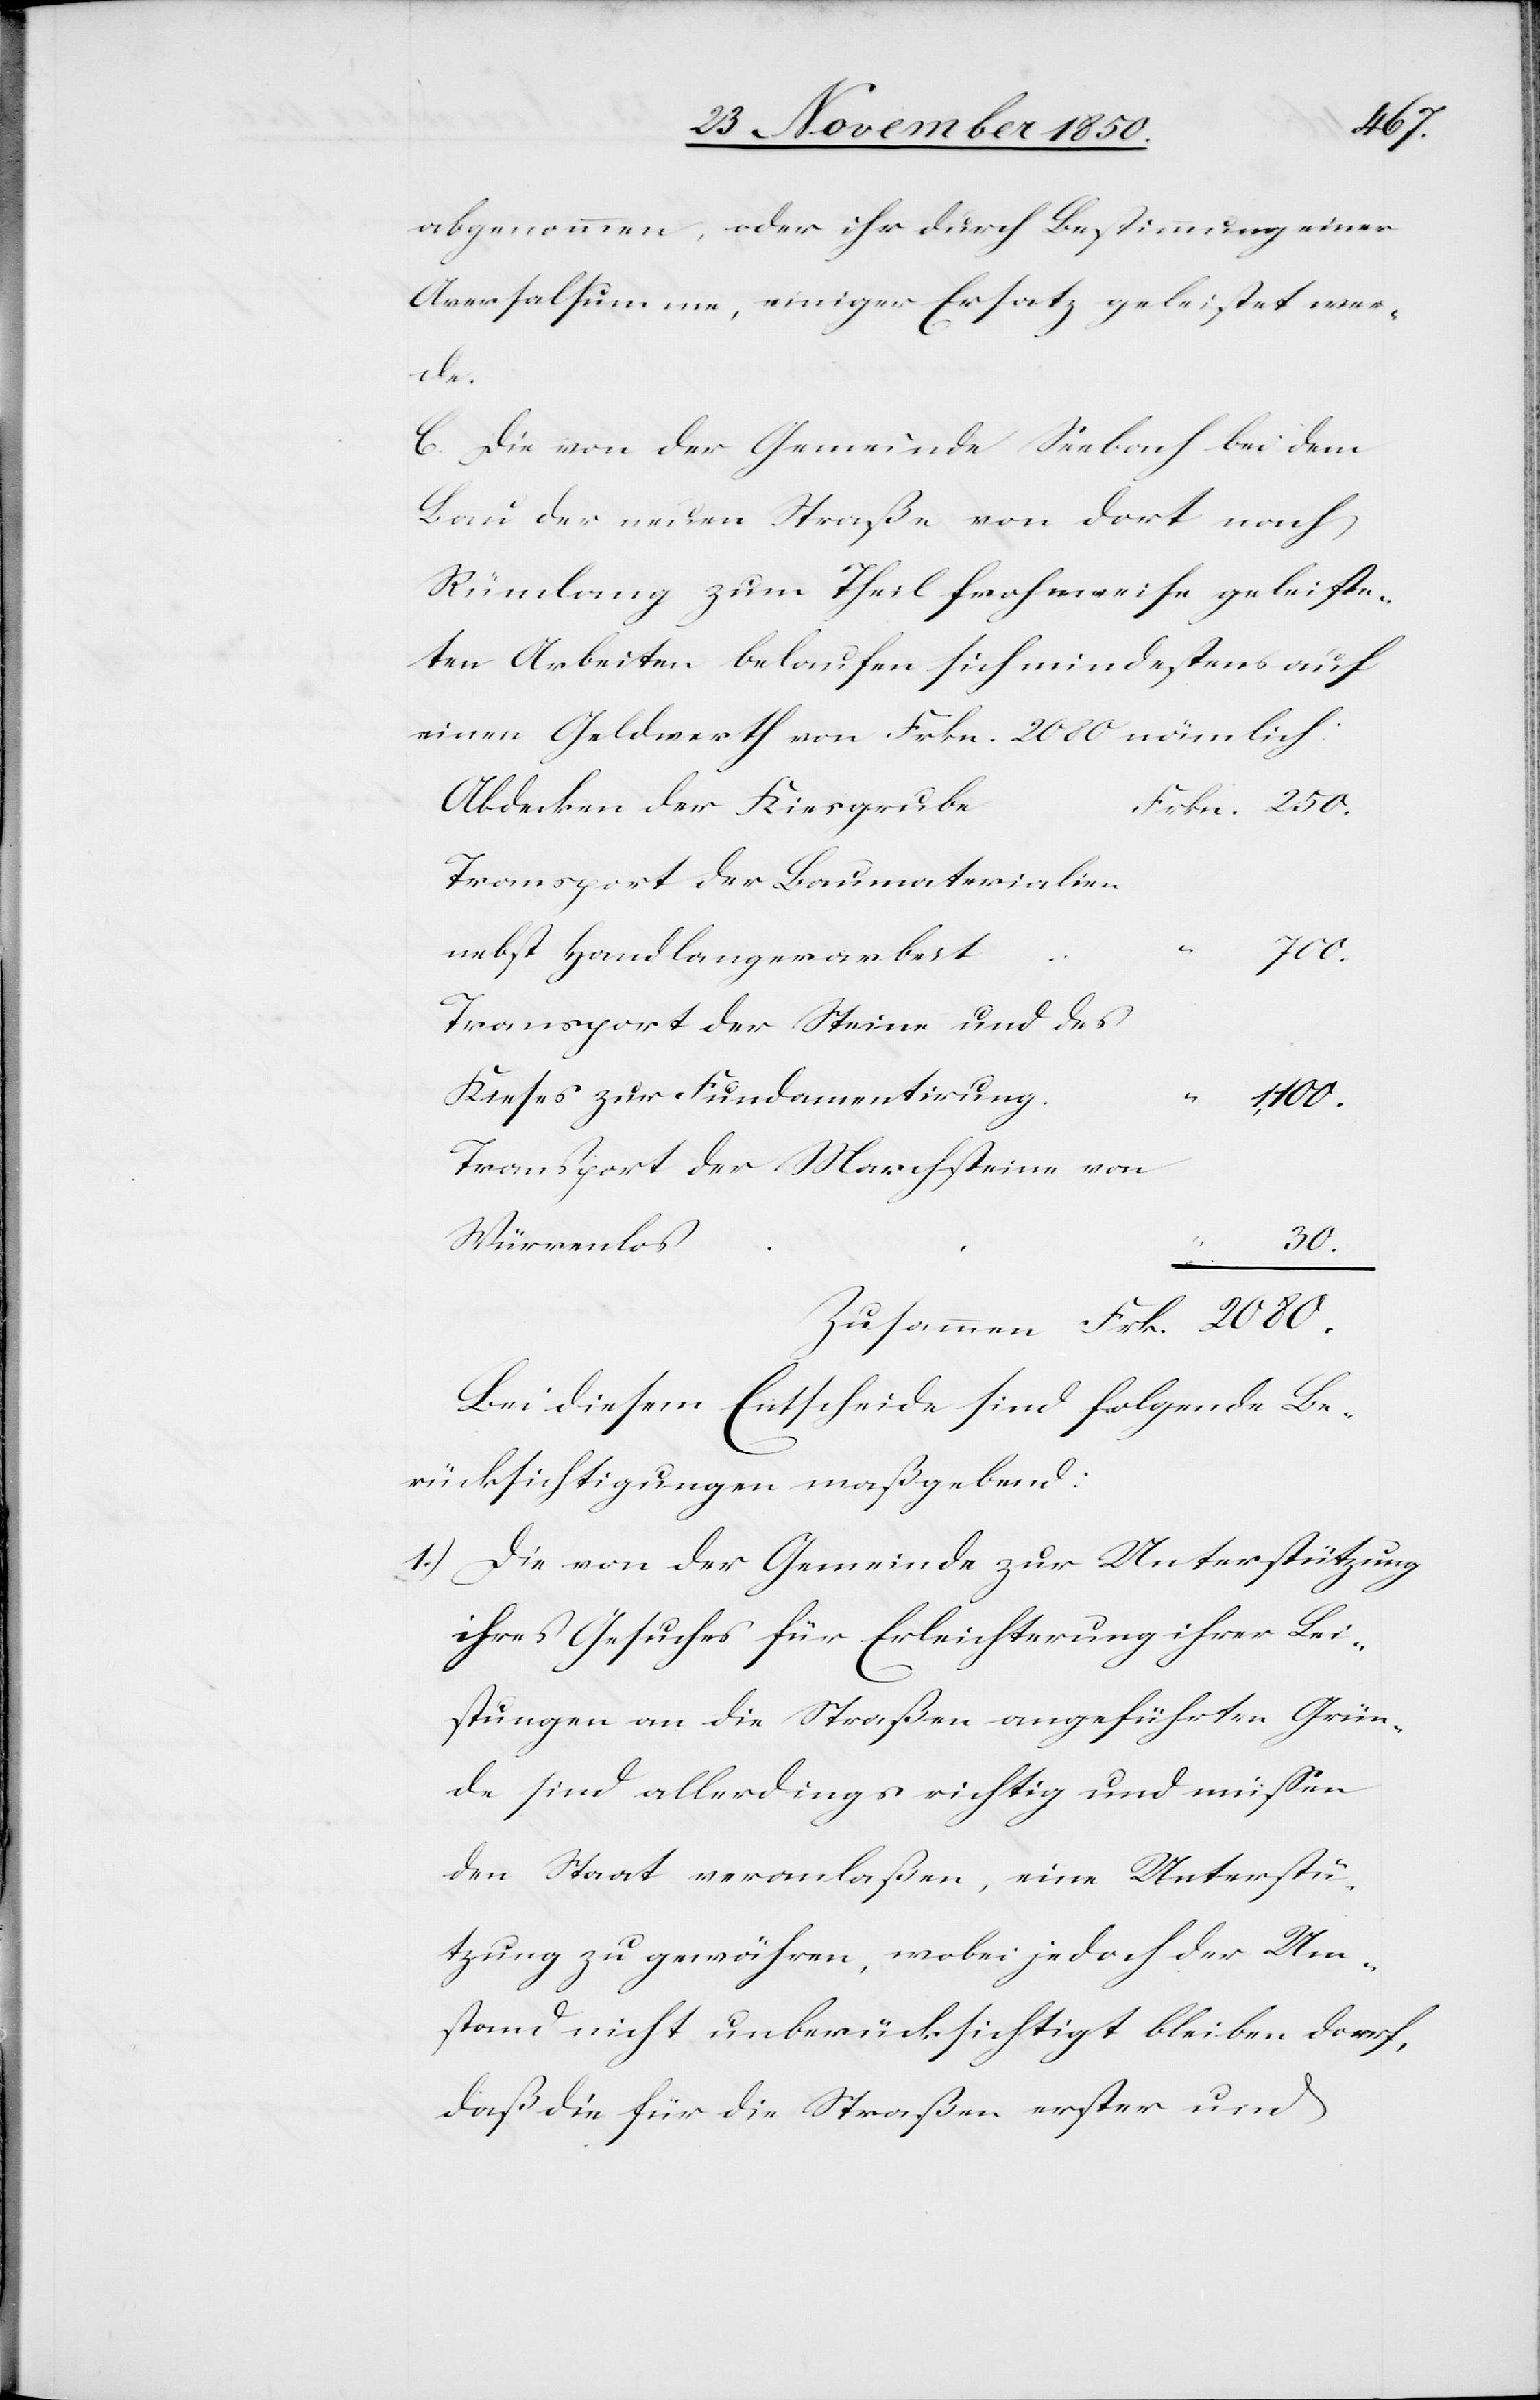
abgenommen, oder ihr durch Bestimmung einer
Aversalsumme, einiger Ersatz geleistet wer¬
de.
C. Die von der Gemeinde Seebach bei dem
Bau der neuen Straße von dort nach
Rümlang zum Theil frohnweise geleiste¬
ten Arbeiten belaufen sich mindestens auf
einen Geldwerth von Frkn. 2080 nämlich:
Abdecken der Kiesgrube
Transport der Baumaterialien
nebst Handlangerarbeit
700.
Transport der Steine und des
Kieses zur Fundamentirung
Zusammen
1,100.
Transport der Marchsteine von
Würrenlos
2080.
Bei diesem Entscheide sind folgende Be¬
rücksichtigungen maßgebend:
1.) Die von der Gemeinde zur Unterstützung
ihres Gesuches für Erleichterung ihrer Lei¬
stungen an die Straßen angeführten Grün¬
de sind allerdings richtig und müssen
den Staat veranlaßen, eine Unterstü¬
tzung zu gewähren, wobei jedoch der Um¬
stand nicht unberücksichtigt bleiben darf,
daß die für die Straßen erster und